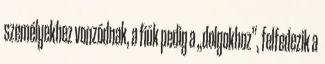
személyekhez vonzódnak, a fiúk pedig a „dolgokhoz”, felfedezik a